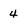
Character: 4